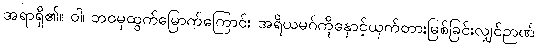
အရာရှိ၏။ ဝါ၊ ဘဝမှထွက်မြောက်ကြောင်း အရိယမဂ်ကိုနှောင့်ယှက်တားမြစ်ခြင်းလျှင်ဉာဏ်